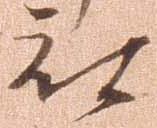
被